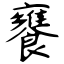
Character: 饔